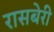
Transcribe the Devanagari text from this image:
रासबेरी